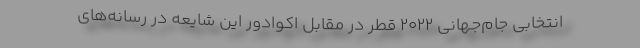
انتخابی جام‌جهانی ۲۰۲۲ قطر در مقابل اکوادور این شایعه در رسانه‌های